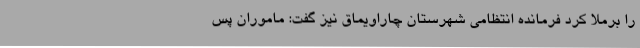
را برملا کرد فرمانده انتظامی شهرستان چاراویماق نیز گفت: ماموران پس